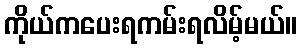
ကိုယ်ကပေးရကမ်းရလိမ့်မယ်။